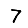
Digit: 7